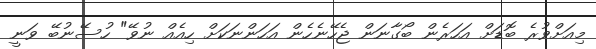
މިއަށްވުރެ ބޮޑަށް އަހަރެން ބޯގާނަން ޖެހޭނެހެން އަހަންނަކަށް ހިއެއް ނުވޭ" ހުސޭނުބޭ ވަނީ